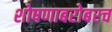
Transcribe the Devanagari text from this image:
शोषणाबरोबरच